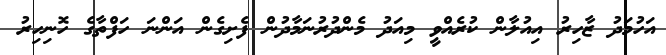
އަހުމަދު ޒާހިރު އިއުލާން ކުރެއްވީ މިއަދު މެންދުރުނަމާދުން ފެށިގެން އަންނަ ހަފްތާގެ ހޮނިހިރު